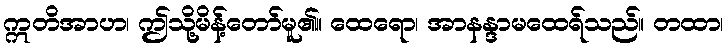
ဣတိအာဟ၊ ဤသို့မိန့်တော်မူ၏။ ထေရော၊ အာနန္ဒာမထေရ်သည်။ တထာ၊